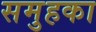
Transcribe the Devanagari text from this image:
समुहका